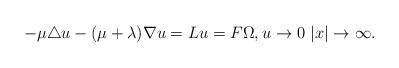
LaTeX: \begin{align*}-\mu\triangle u-(\mu+\lambda)\nabla u =Lu=F \Omega, u\rightarrow 0 \ |x|\rightarrow \infty.\end{align*}